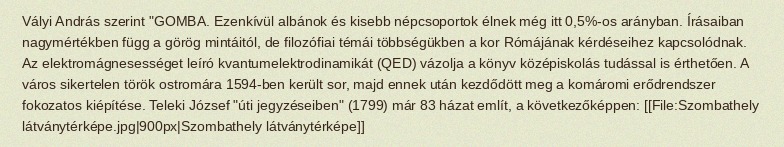
Vályi András szerint "GOMBA. Ezenkívül albánok és kisebb népcsoportok élnek még itt 0,5%-os arányban. Írásaiban nagymértékben függ a görög mintáitól, de filozófiai témái többségükben a kor Rómájának kérdéseihez kapcsolódnak. Az elektromágnesességet leíró kvantumelektrodinamikát (QED) vázolja a könyv középiskolás tudással is érthetően. A város sikertelen török ostromára 1594-ben került sor, majd ennek után kezdődött meg a komáromi erődrendszer fokozatos kiépítése. Teleki József "úti jegyzéseiben" (1799) már 83 házat említ, a következőképpen: [[File:Szombathely látványtérképe.jpg|900px|Szombathely látványtérképe]]